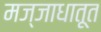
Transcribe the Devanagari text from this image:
मज्जाधातूत